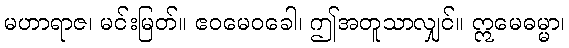
မဟာရာဇ၊ မင်းမြတ်။ ဧဝမေဝခေါ၊ ဤအတူသာလျှင်။ ဣမေဓမ္မာ၊